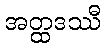
အတ္ထဒဿီ